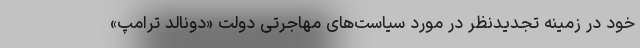
خود در زمینه تجدیدنظر در مورد سیاست‌های مهاجرتی دولت «دونالد ترامپ»